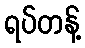
ရပ်တန့်